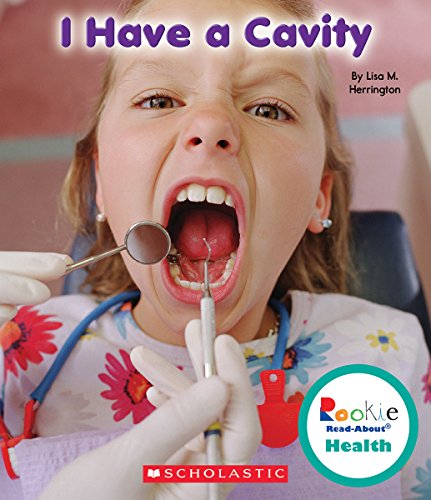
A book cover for I Have a Cavity (Rookie Read-About Health); Lisa M. Herrington; Medical Books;